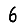
Digit: 6